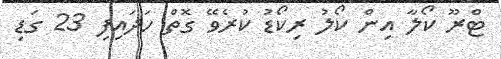
ޓްރޫ ކޯލާ އިން ކޯލު ރިކޯޑު ކުރެވޭ ގޮތް ހަދައިފި 23 ގަޑި